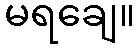
မရချေ။